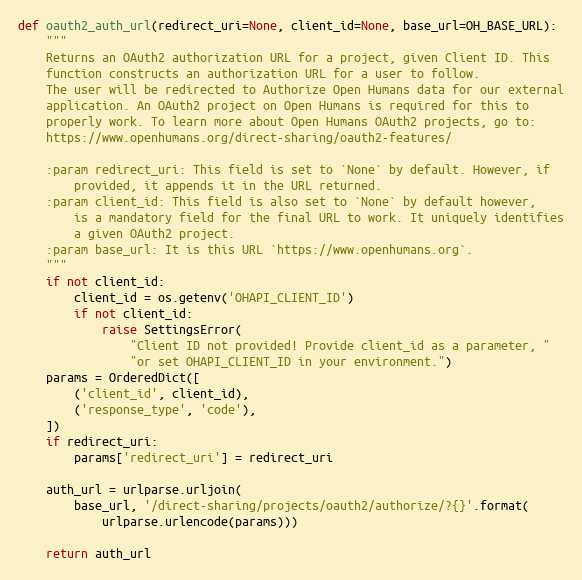
Language: Python
def oauth2_auth_url(redirect_uri=None, client_id=None, base_url=OH_BASE_URL):
    """
    Returns an OAuth2 authorization URL for a project, given Client ID. This
    function constructs an authorization URL for a user to follow.
    The user will be redirected to Authorize Open Humans data for our external
    application. An OAuth2 project on Open Humans is required for this to
    properly work. To learn more about Open Humans OAuth2 projects, go to:
    https://www.openhumans.org/direct-sharing/oauth2-features/

    :param redirect_uri: This field is set to `None` by default. However, if
        provided, it appends it in the URL returned.
    :param client_id: This field is also set to `None` by default however,
        is a mandatory field for the final URL to work. It uniquely identifies
        a given OAuth2 project.
    :param base_url: It is this URL `https://www.openhumans.org`.
    """
    if not client_id:
        client_id = os.getenv('OHAPI_CLIENT_ID')
        if not client_id:
            raise SettingsError(
                "Client ID not provided! Provide client_id as a parameter, "
                "or set OHAPI_CLIENT_ID in your environment.")
    params = OrderedDict([
        ('client_id', client_id),
        ('response_type', 'code'),
    ])
    if redirect_uri:
        params['redirect_uri'] = redirect_uri

    auth_url = urlparse.urljoin(
        base_url, '/direct-sharing/projects/oauth2/authorize/?{}'.format(
            urlparse.urlencode(params)))

    return auth_url